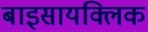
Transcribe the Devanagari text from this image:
बाइसायक्लिक